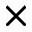
\times